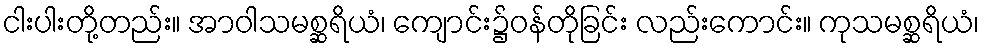
ငါးပါးတို့တည်း။ အာဝါသမစ္ဆရိယံ၊ ကျောင်း၌ဝန်တိုခြင်း လည်းကောင်း။ ကုသမစ္ဆရိယံ၊